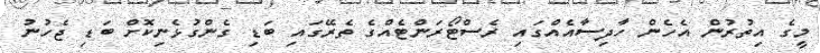
މީގެ އިތުރުން އެހެން ހާދިސާއެއްގައި ރެސްޓޯރަންޓެއްގެ ތެރޭގައި ބަޑި ގެންގުޅެނިކޮށް ބަޑި ޖެހުނު